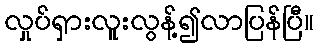
လှုပ်ရှားလူးလွန့်၍လာပြန်ပြီ။